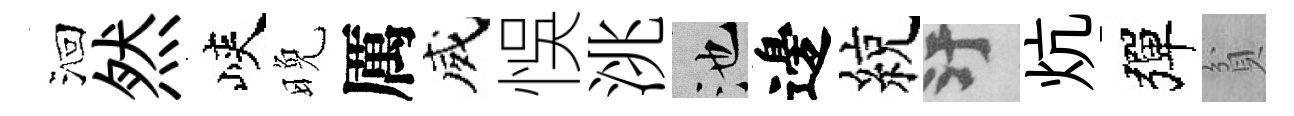
洄然峽晚厲威悞洮池邊綂污炕彈貧